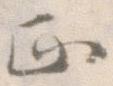
正